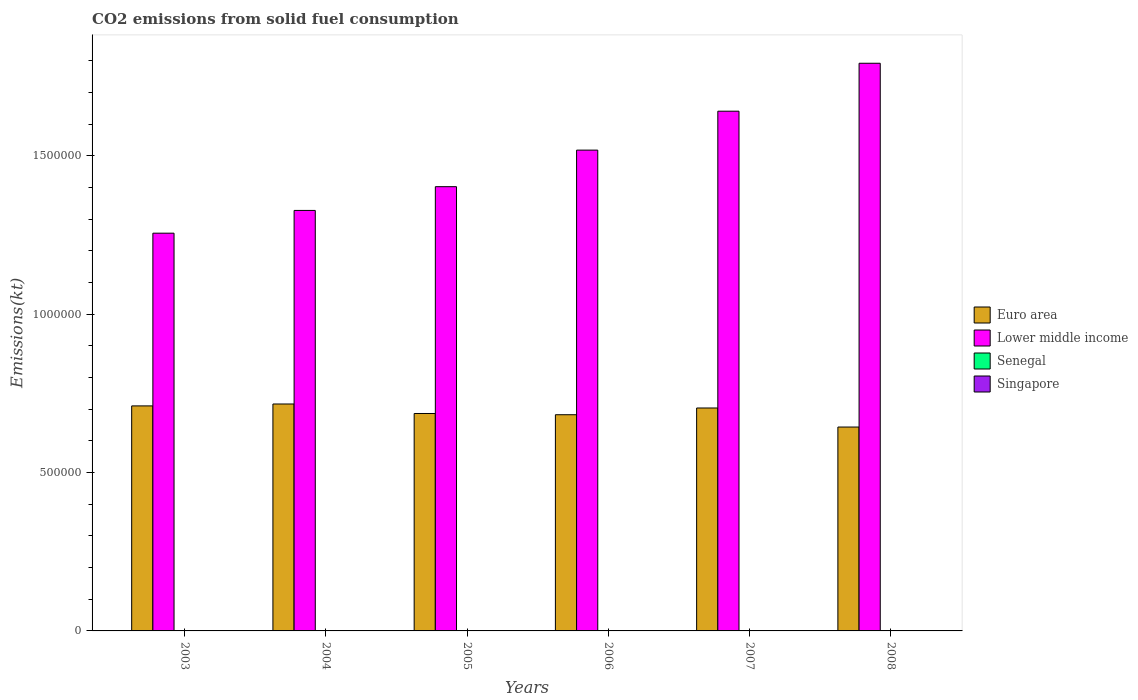
| Years | Euro area | Lower middle income | Senegal | Singapore |
 | --- | --- | --- | --- | --- |
 | 2003 | 7.1e+05 | 1.26e+06 | 319 | 33 |
 | 2004 | 7.16e+05 | 1.33e+06 | 418 | 40.3 |
 | 2005 | 6.86e+05 | 1.4e+06 | 418 | 11 |
 | 2006 | 6.82e+05 | 1.52e+06 | 506 | 14.7 |
 | 2007 | 7.04e+05 | 1.64e+06 | 799 | 25.7 |
 | 2008 | 6.44e+05 | 1.79e+06 | 675 | 18.3 |